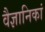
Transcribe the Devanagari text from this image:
वैज्ञानिकां